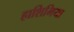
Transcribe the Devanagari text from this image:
हाशिमिया